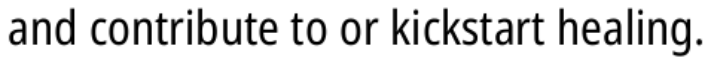
and contribute to or kickstart healing.